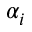
\alpha _ { i }